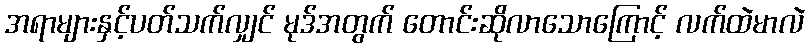
အရာများနှင့်ပတ်သက်လျှင် မုဒ်အတွက် တောင်းဆိုလာသောကြောင့် လက်ထဲမာလဲ